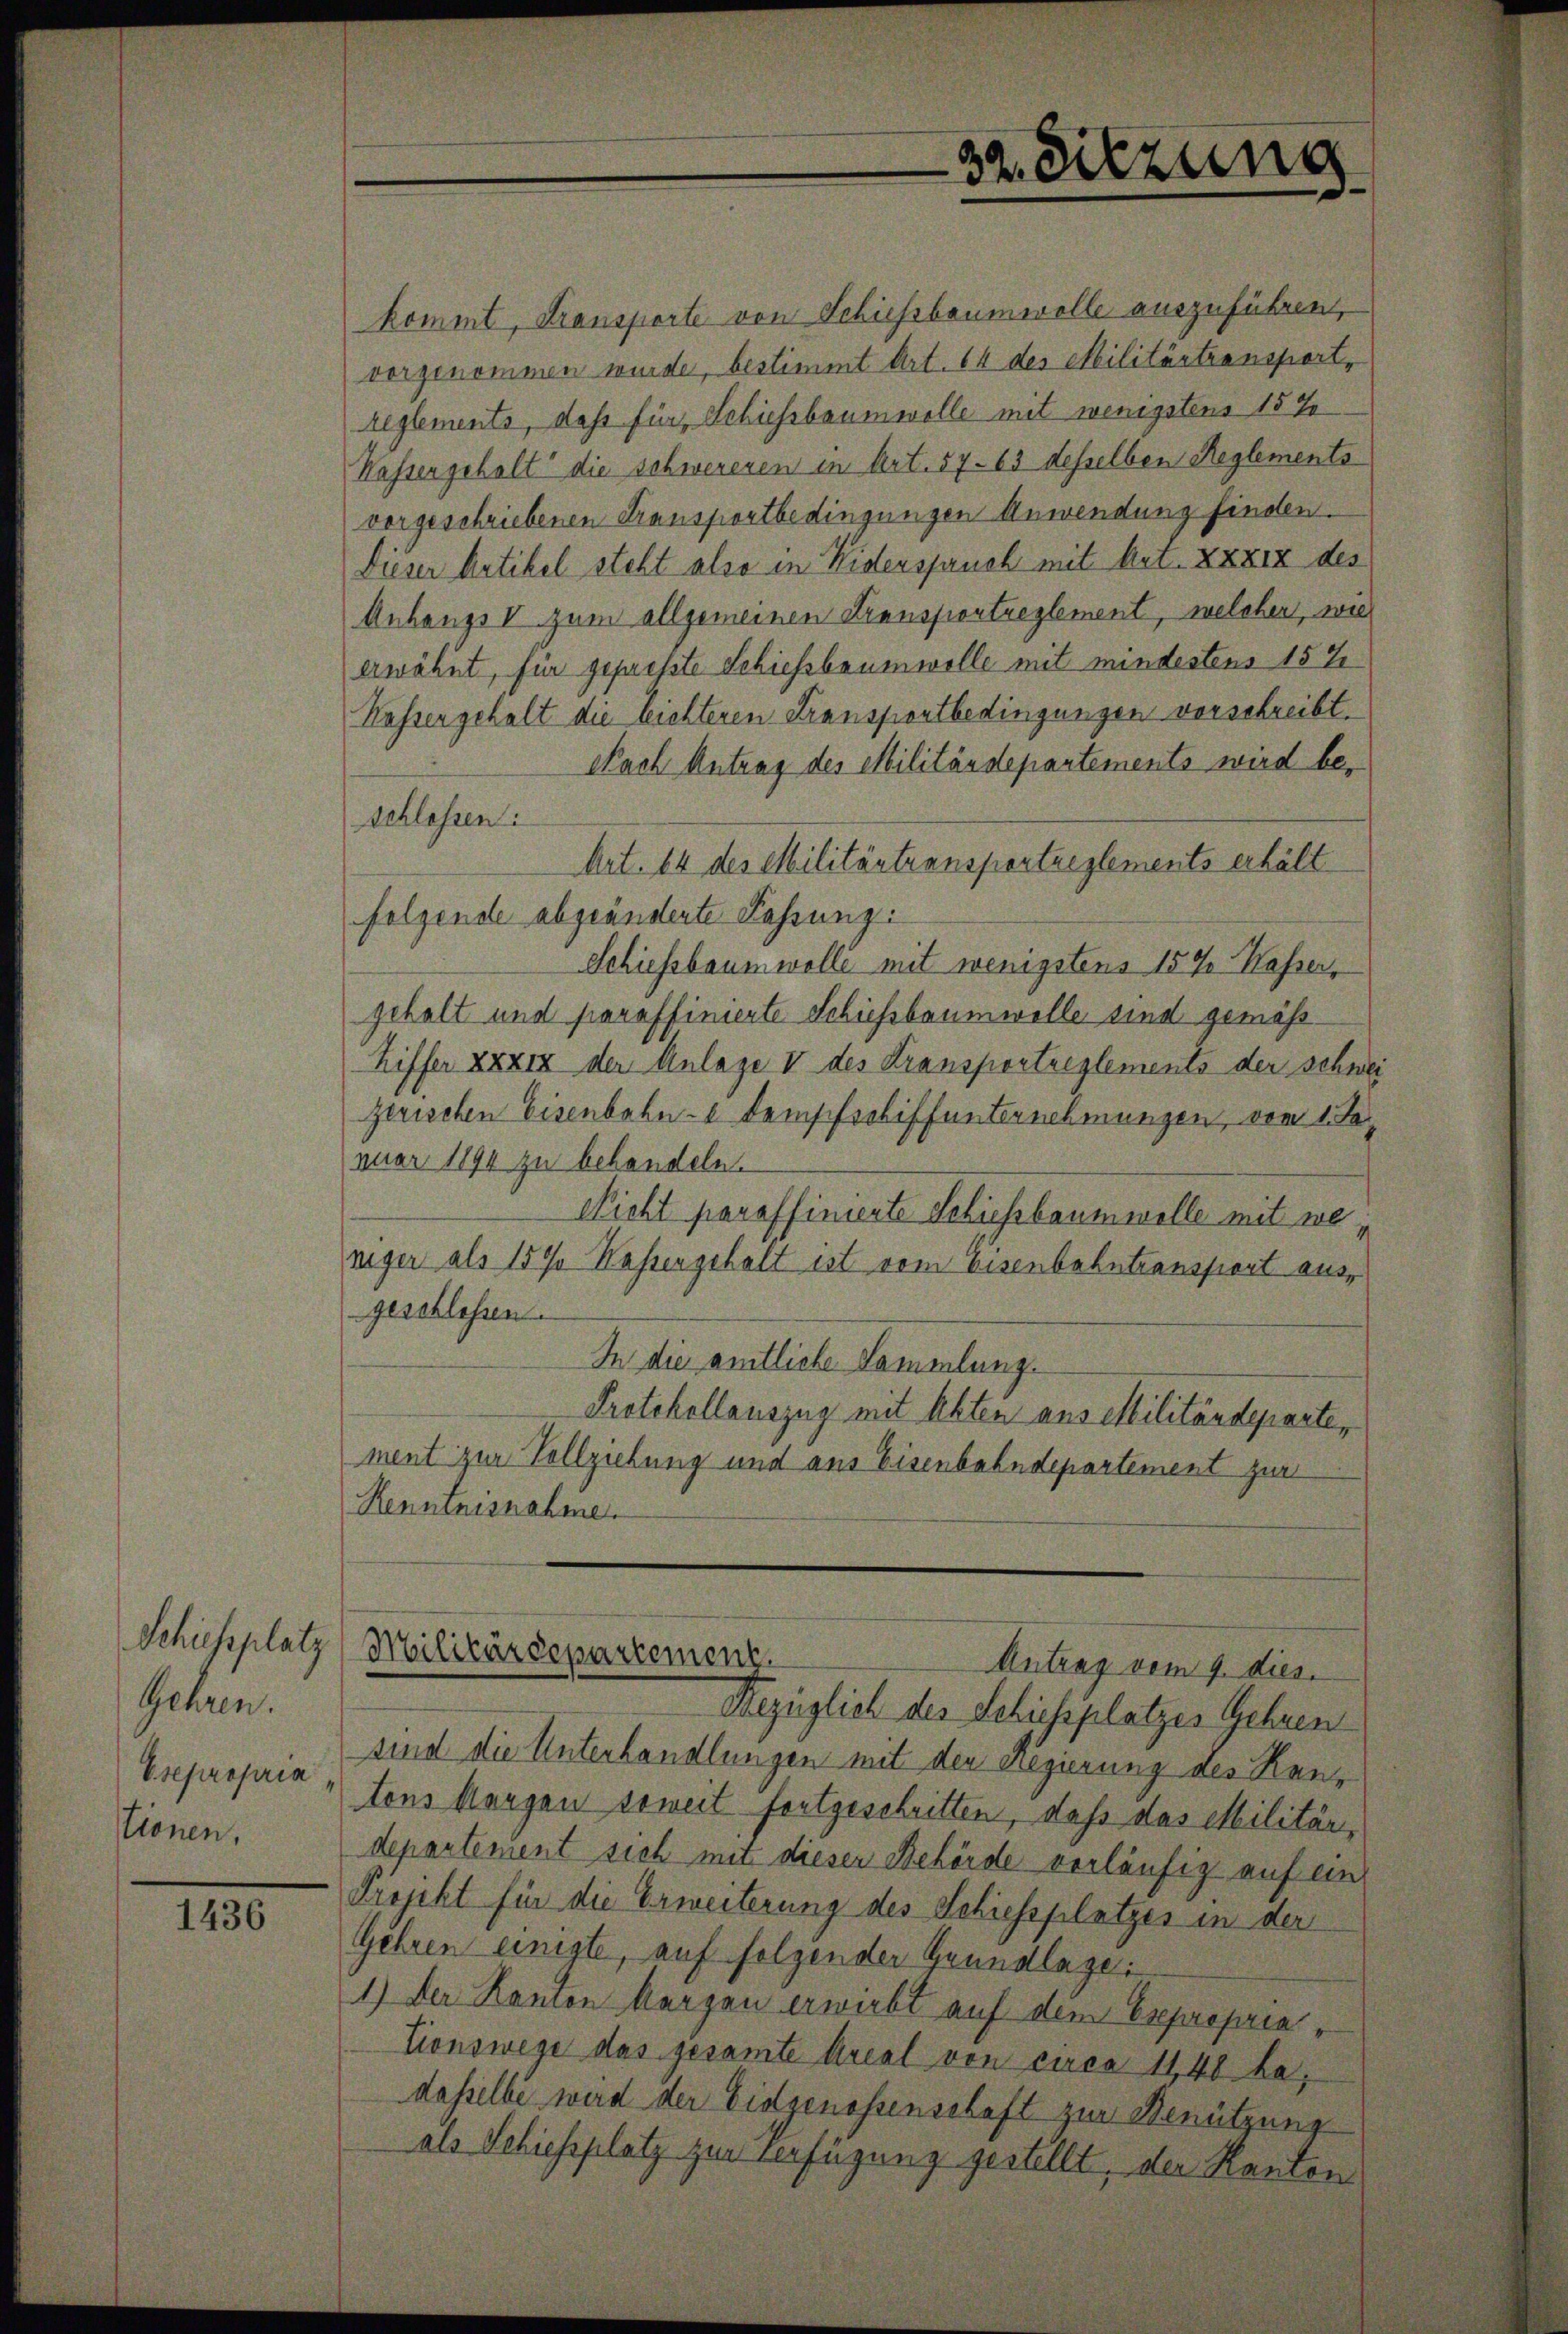
Schiessplatz
Gehren.
Esepropria
stionen,

1436

kommt, Transporte von Schiessbaumwolle auszuführen,
vorgenommen wurde, bestimmt Art. 64 des Militärtransport,
reglements, dass für Schiessbaumwolle mit wenigstens 15 J
Kassergehalt die schwereren in Art. 57. 63 desselben Reglements
vorgeschriebenen Transportbedingungen Anwendung finden.
Dieser Artikel steht also in Widerspruch mit Art. xxxx des
Anhangs V zum allgemeinen Transportreglement, welcher, wie
erwähnt, für gepresste Schiessbaumwolle mit mindestens 157
Kassergehalt die leichteren Transportbedingungen vorschreibt.
Nach Antrag des Militärdepartements wird beschlossen:
Art. 14 des Militärtransportreglements erhält.
folgende abgeänderte Fassung:
Schiessbaumwolle mit wenigstens 15% Kasser,
gehalt und paraffinierte Schiessbaumwolle sind gemäßhiffer xxxx der Anlage II des Transportreglements der schwei
zerischen Eisenbahn- u. Demsfschiffunternehmungen, vom 1. des
nuar 1894 zu behandeln.
Nicht paraffinierte Schiessbaumwolle mit weniger als 157. Wahrengehalt ist vom Eisenbahntransport ausgeschlossen.
In die amtliche Sammlung.
Protokollauszug mit Abten aus Militärdepartement zur Vollziehung und aus Eisenbahndepartement zur
Renntnisnahme

32. Sitzung

Militärdepartemenz.
Antrag vom 9. dies.

Bezüglich des Schiessplatzes Gehnen
sind die Unterhandlungen mit der Regierung des Kantons Morgen soweit fortgeschritten, daß das Militär,
departement sich mit dieser Behörde vorläufig auf eine
Projekt für die Erweiterung des Schiessplatzes in der
Gehren einigte, auf folgender Grundlage:
1.) Der Kanton kurzen erwirbt auf dem Expropria¬
Tionswege das gesamte Areal von circa 11,40 ha,
desselbe wird der Eidgenossenschaft zur Benützung
als Schiessplatz zur Verfügung gestellt, der Kanton